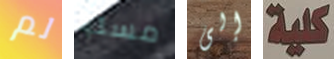
لم مسليا إلى كلية